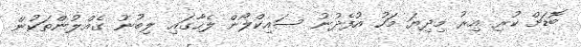
ބޮޑަށް ކުރި އިރު މިދިޔަ މަހު އުފެދުނު ސައިކްލޯން ލެހާގައި ލިބުނު ގެއްލުންތަކުން